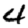
Digit: 4